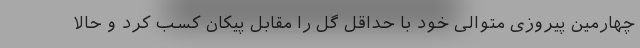
چهارمین پیروزی متوالی خود با حداقل گل را مقابل پیکان کسب کرد و حالا